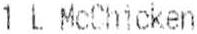
1 L MCCHICKEN